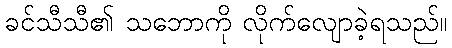
ခင်သီသီ၏ သဘောကို လိုက်လျောခဲ့ရသည်။